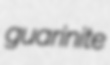
guarinite